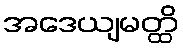
အဒေယျမတ္ထိ